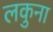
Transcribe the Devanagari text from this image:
लकुना